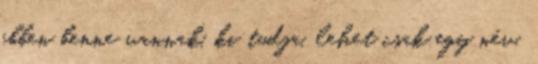
ebben benne vannak, ki tudja, lehet csak egy név,